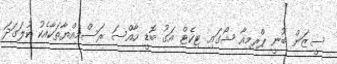
ސީޒަން ބުނީ ޕްރިމިއާ ޝޯގައި ޓިކެޓް އަގު ބޮޑީ ހާއްސަ ރަސްމިއްޔާތަކާއެކު ކުލަގަދަ